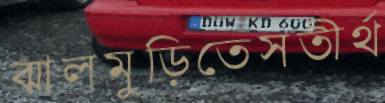
ঝালমুড়িতেসতীর্থ